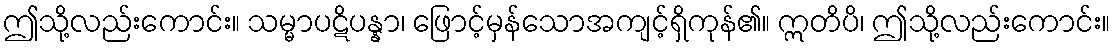
ဤသို့လည်းကောင်း။ သမ္မာပဋိပန္နာ၊ ဖြောင့်မှန်သောအကျင့်ရှိကုန်၏။ ဣတိပိ၊ ဤသို့လည်းကောင်း။